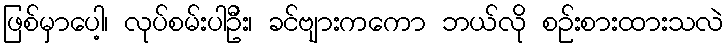
ဖြစ်မှာပေါ့၊ လုပ်စမ်းပါဦး၊ ခင်ဗျားကကော ဘယ်လို စဉ်းစားထားသလဲ